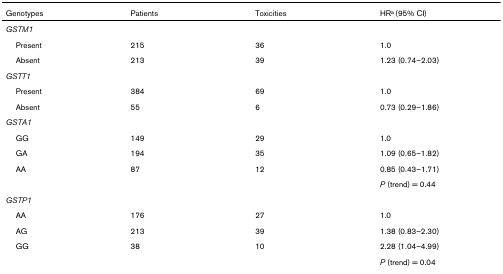
<table><thead><tr><td><b>Genotypes</b></td><td><b>Patients</b></td><td><b>Toxicities</b></td><td><b>HR<sup>a </sup>(95% CI)</b></td></tr></thead><tbody><tr><td><i>GSTM1</i></td><td></td><td></td><td></td></tr><tr><td> Present</td><td>215</td><td>36</td><td>1.0</td></tr><tr><td> Absent</td><td>213</td><td>39</td><td>1.23 (0.74–2.03)</td></tr><tr><td><i>GSTT1</i></td><td></td><td></td><td></td></tr><tr><td> Present</td><td>384</td><td>69</td><td>1.0</td></tr><tr><td> Absent</td><td>55</td><td>6</td><td>0.73 (0.29–1.86)</td></tr><tr><td><i>GSTA1</i></td><td></td><td></td><td></td></tr><tr><td> GG</td><td>149</td><td>29</td><td>1.0</td></tr><tr><td> GA</td><td>194</td><td>35</td><td>1.09 (0.65–1.82)</td></tr><tr><td> AA</td><td>87</td><td>12</td><td>0.85 (0.43–1.71)</td></tr><tr><td></td><td></td><td></td><td><i>P </i>(trend) = 0.44</td></tr><tr><td><i>GSTP1</i></td><td></td><td></td><td></td></tr><tr><td> AA</td><td>176</td><td>27</td><td>1.0</td></tr><tr><td> AG</td><td>213</td><td>39</td><td>1.38 (0.83–2.30)</td></tr><tr><td> GG</td><td>38</td><td>10</td><td>2.28 (1.04–4.99)</td></tr><tr><td></td><td></td><td></td><td><i>P </i>(trend) = 0.04</td></tr></tbody></table>